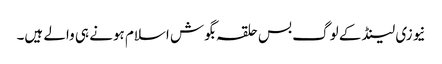
نیوزی لینڈ کے لوگ بس حلقہ بگوش اسلام ہونے ہی والے ہیں۔